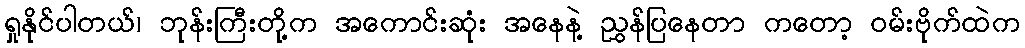
ရှုနိုင်ပါတယ်၊ ဘုန်းကြီးတို့က အကောင်းဆုံး အနေနဲ့ ညွှန်ပြနေတာ ကတော့ ဝမ်းဗိုက်ထဲက